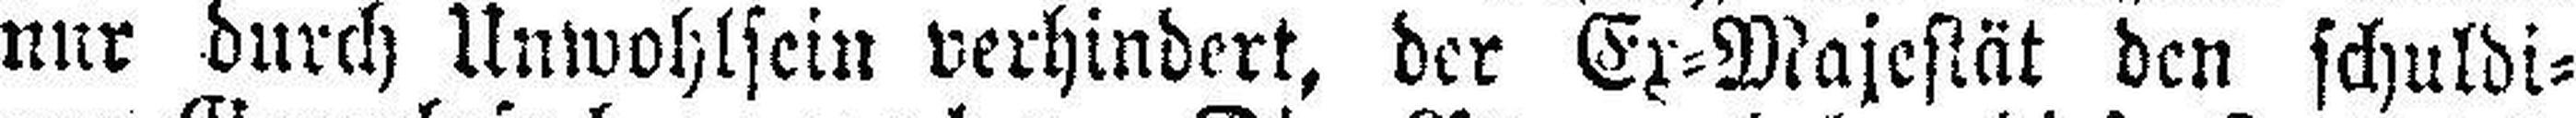
nur durch Unwohlsein verhindert, der Ex=Majestät den schuldi¬